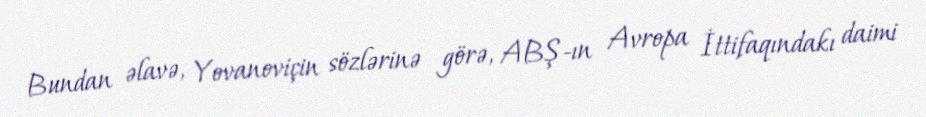
Bundan əlavə, Yovanoviçin sözlərinə görə, ABŞ-ın Avropa İttifaqındakı daimi